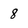
Character: 8